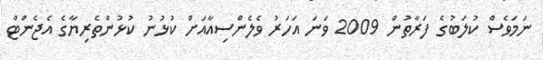
ނަމަވެސް ކުލަބުގެ ފަރާތުން 2009 ވަނަ އަހަރު ވެލެންސިއާއަށް ކުޅުނު ކުޅުންތެރިޔާގެ އެޖެންޓް